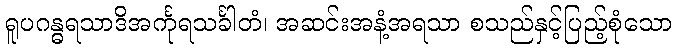
ရူပဂန္ဓရသာဒိအင်္ကုရသင်္ခါတံ၊ အဆင်းအနံ့အရသာ စသည်နှင့်ပြည့်စုံသော